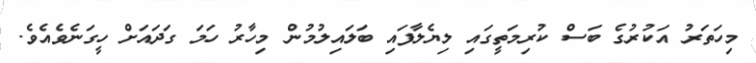
މިހަތަރު އަކުރުގެ ބަސް ކުރިމަތީގައި ލިޔެލާފައި ބަލައިލުމުން މިހާރު ހަމަ ގަދައަށް ހީގަނެވެއެވެ.